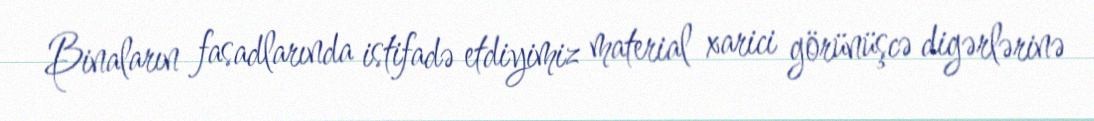
Binaların fasadlarında istifadə etdiyimiz material xarici görünüşcə digərlərinə